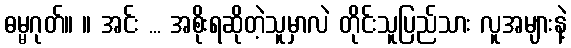
ဓမ္မဂုတ်။ ။ အင်း ... အစိုးရဆိုတဲ့သူမှာလဲ တိုင်းသူပြည်သား လူအများနဲ့